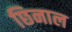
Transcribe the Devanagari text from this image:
छिनाल